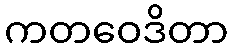
ကတဝေဒိတာ